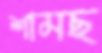
শামছ